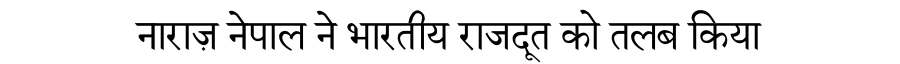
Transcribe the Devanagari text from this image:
नाराज़ नेपाल ने भारतीय राजदूत को तलब किया